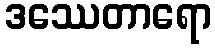
ဒဿေတာရော